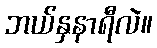
ဘယ်နှနာရီလဲ။